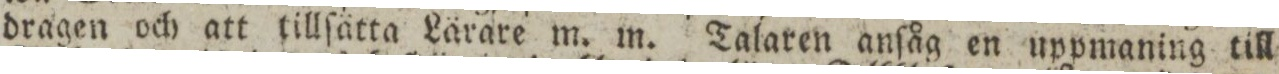
dragen och att tillſätta Lärare m. m. Talaren anſåg en uppmaning till